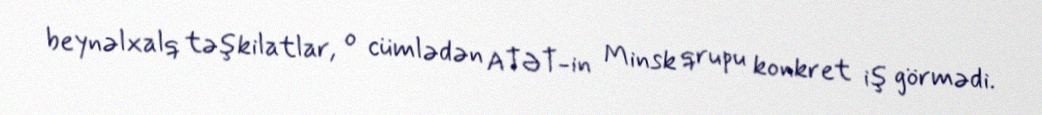
beynəlxalq təşkilatlar, o cümlədən ATƏT-in Minsk qrupu konkret iş görmədi.